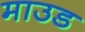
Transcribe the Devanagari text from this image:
माउड